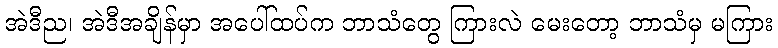
အဲဒီည၊ အဲဒီအချိန်မှာ အပေါ်ထပ်က ဘာသံတွေ ကြားလဲ မေးတော့ ဘာသံမှ မကြား